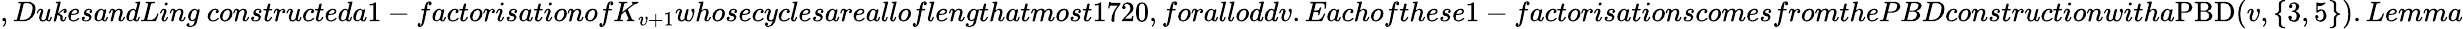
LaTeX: ,DukesandLing~constructeda1-factorisationofK_{v+1}whosecyclesarealloflengthatmost1720,foralloddv.Eachofthese1-factorisationscomesfromthePBDconstructionwitha\mathrm{PBD}(v,\{ 3,5\} ).Lemma